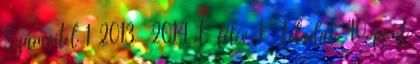
Számvitel 1 2013 2014 I. félév 1. Feladat 40 pont